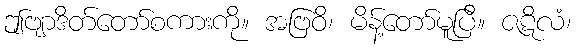
ဤဗျာဒိတ်တော်စကားကို။ အဗြဝိ၊ မိန့်တော်မူပြီ။ ဇဋိလံ၊